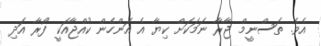
އެވެ. ތަސްނީމް ޖާރާ ނަމަކަށް ކިޔާ އެ އަންހެން ކުއްޖާއަކީ ފޯރާ އަދި